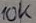
Text: 10K